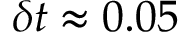
\delta t \approx 0 . 0 5